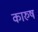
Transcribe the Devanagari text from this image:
कारुष